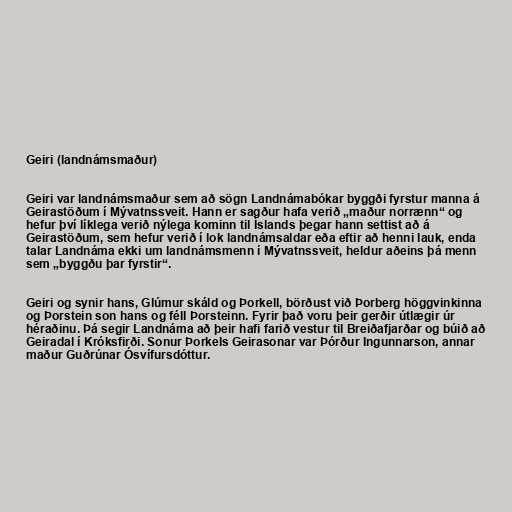
Geiri (landnámsmaður)

Geiri var landnámsmaður sem að sögn Landnámabókar byggði fyrstur manna á
Geirastöðum í Mývatnssveit. Hann er sagður hafa verið „maður norrænn“ og
hefur því líklega verið nýlega kominn til Íslands þegar hann settist að á
Geirastöðum, sem hefur verið í lok landnámsaldar eða eftir að henni lauk, enda
talar Landnáma ekki um landnámsmenn í Mývatnssveit, heldur aðeins þá menn
sem „byggðu þar fyrstir“.

Geiri og synir hans, Glúmur skáld og Þorkell, börðust við Þorberg höggvinkinna
og Þorstein son hans og féll Þorsteinn. Fyrir það voru þeir gerðir útlægir úr
héraðinu. Þá segir Landnáma að þeir hafi farið vestur til Breiðafjarðar og búið að
Geiradal í Króksfirði. Sonur Þorkels Geirasonar var Þórður Ingunnarson, annar
maður Guðrúnar Ósvífursdóttur.